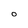
Character: 0